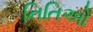
નિતિઓ